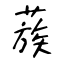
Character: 蔟